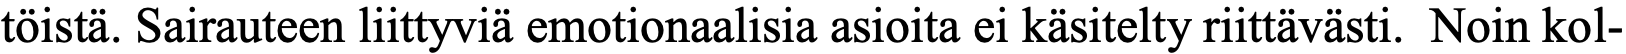
töistä. Sairauteen liittyviä emotionaalisia asioita ei käsitelty riittävästi. Noin kol-